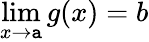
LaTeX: \operatorname*{lim}_{x\to\mathtt{a}}g(x)=b